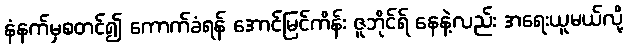
နံနက်မှစတင်၍ ကောက်ခံရန် အောင်မြင်ကိန်း ဇူဘိုင်ရ် နေနဲ့လည်း အရေးယူမယ်လို့